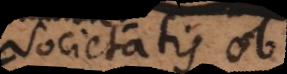
societatis ob